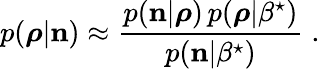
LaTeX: p(\boldsymbol{\rho}|{\mathbf n})\approx\frac{p({\mathbf n}|\boldsymbol{\rho})\, {p}(\boldsymbol{\rho}|\beta^{\star})}{p({\mathbf n}|\beta^{\star})}\; .